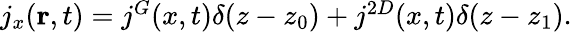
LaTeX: \begin{array}{r}{j_{x}(\textbf{r},t)=j^{G}(x,t)\delta(z-z_{0})+j^{2D}(x,t)\delta(z-z_{1}).}\end{array}